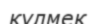
күлмек